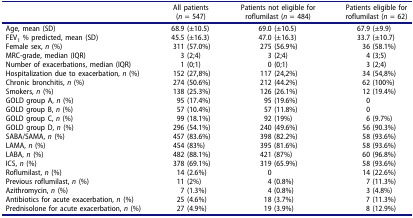
|  | All patients (n = 547) | Patients not eligible for roflumilast (n = 484) | Patients eligible for roflumilast (n = 62) |
 | --- | --- | --- | --- |
 | Age, mean (SD) | 68.9 (±10.5) | 69.0 (±10.5) | 67.9 (±9.9) |
 | FEV1 % predicted, mean (SD) | 45.5 (±16.3) | 47.0 (±16.3) | 33.7 (±10.7) |
 | Female sex, n (%) | 311 (57.0%) | 275 (56.9%) | 36 (58.1%) |
 | MRC-grade, median (IQR) | 3 (2;4) | 3 (2;4) | 4 (3;5) |
 | Number of exacerbations, median (IQR) | 1 (0;1) | 0 (0;1) | 3 (2;4) |
 | Hospitalization due to exacerbation, n (%) | 152 (27,8%) | 117 (24,2%) | 34 (54,8%) |
 | Chronic bronchitis, n (%) | 274 (50.6%) | 212 (44.2%) | 62 (100%) |
 | Smokers, n (%) | 138 (25.3%) | 126 (26.1%) | 12 (19.4%) |
 | GOLD group A, n (%) | 95 (17.4%) | 95 (19.6%) | 0 |
 | GOLD group B, n (%) | 57 (10.4%) | 57 (11.8%) | 0 |
 | GOLD group C, n (%) | 99 (18.1%) | 92 (19%) | 6 (9.7%) |
 | GOLD group D, n (%) | 296 (54.1%) | 240 (49.6%) | 56 (90.3%) |
 | SABA/SAMA, n (%) | 457 (83.6%) | 398 (82.2%) | 58 (93.6%) |
 | LAMA, n (%) | 454 (83%) | 395 (81.6%) | 58 (93.6%) |
 | LABA, n (%) | 482 (88.1%) | 421 (87%) | 60 (96.8%) |
 | ICS, n (%) | 378 (69.1%) | 319 (65.9%) | 58 (93.6%) |
 | Roflumilast, n (%) | 14 (2.6%) | 0 | 14 (22.6%) |
 | Previous roflumilast, n (%) | 11 (2%) | 4 (0.8%) | 7 (11.3%) |
 | Azithromycin, n (%) | 7 (1.3%) | 4 (0.8%) | 3 (4.8%) |
 | Antibiotics for acute exacerbation, n (%) | 25 (4.6%) | 18 (3.7%) | 7 (11.3%) |
 | Prednisolone for acute exacerbation, n (%) | 27 (4.9%) | 19 (3.9%) | 8 (12.9%) |